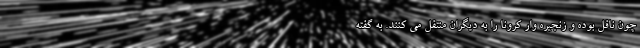
چون ناقل بوده و زنجیره وار کرونا را به دیگران منتقل می کنند. به گفته